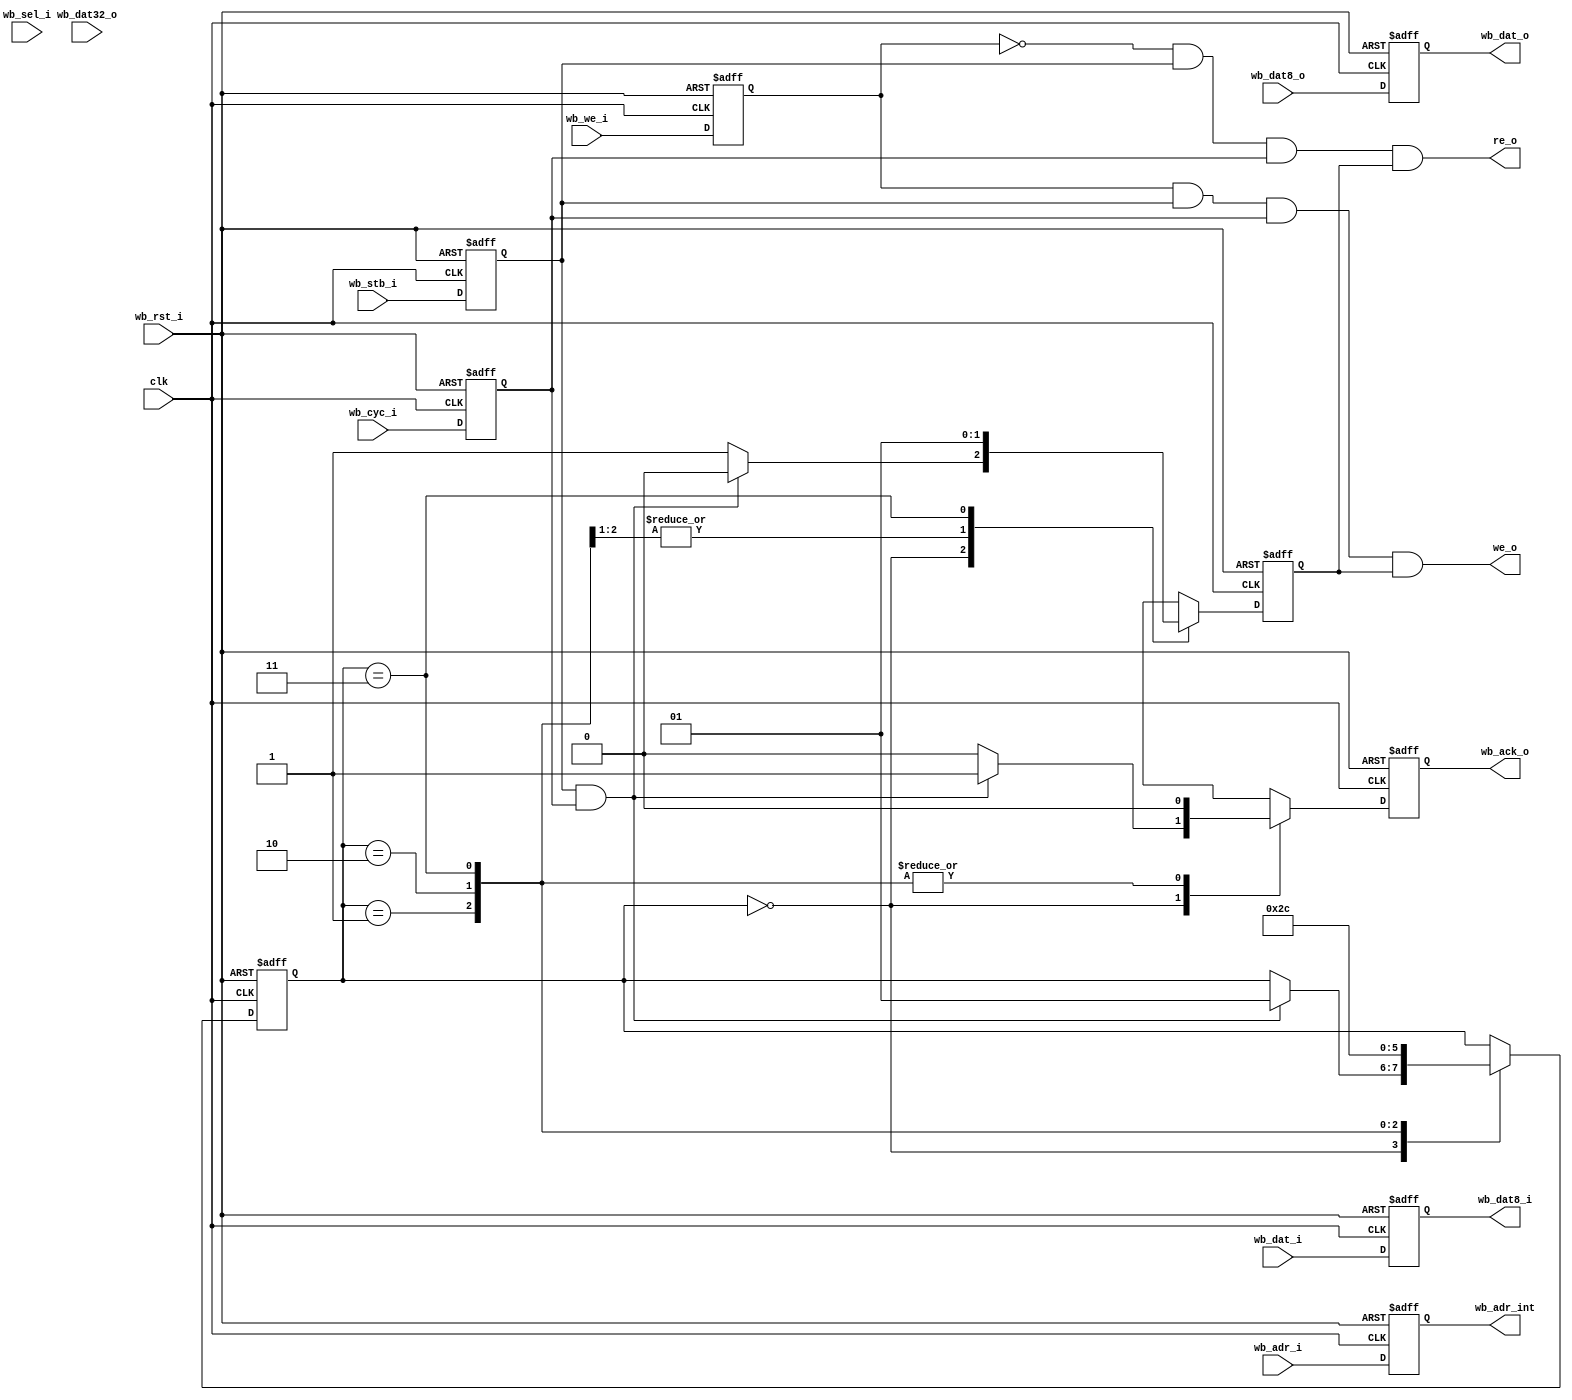
module uart_wb (clk, wb_rst_i, 
	wb_we_i, wb_stb_i, wb_cyc_i, wb_ack_o, wb_adr_i,
	wb_adr_int, wb_dat_i, wb_dat_o, wb_dat8_i, wb_dat8_o, wb_dat32_o, wb_sel_i,
	we_o, re_o // Write and read enable output for the core
);

input 		  clk;

// WISHBONE interface	
input 		  wb_rst_i;
input 		  wb_we_i;
input 		  wb_stb_i;
input 		  wb_cyc_i;
input [3:0]   wb_sel_i;
input [2:0] 	wb_adr_i; //WISHBONE address line

input [7:0]  wb_dat_i; //input WISHBONE bus 
output [7:0] wb_dat_o;
reg [7:0] 	 wb_dat_o;
wire [7:0] 	 wb_dat_i;
reg [7:0] 	 wb_dat_is;

output [2:0]	wb_adr_int; // internal signal for address bus
input [7:0]   wb_dat8_o; // internal 8 bit output to be put into wb_dat_o
output [7:0]  wb_dat8_i;
input [31:0]  wb_dat32_o; // 32 bit data output (for debug interface)
output 		  wb_ack_o;
output 		  we_o;
output 		  re_o;

wire 			  we_o;
reg 			  wb_ack_o;
reg [7:0] 	  wb_dat8_i;
wire [7:0] 	  wb_dat8_o;
wire [2:0]	wb_adr_int; // internal signal for address bus
reg [2:0]	wb_adr_is;
reg 								wb_we_is;
reg 								wb_cyc_is;
reg 								wb_stb_is;
wire [3:0]   wb_sel_i;
reg 			 wre ;// timing control signal for write or read enable

// wb_ack_o FSM
reg [1:0] 	 wbstate;
always  @(posedge clk or posedge wb_rst_i)
	if (wb_rst_i) begin
		wb_ack_o <= 1'b0;
		wbstate <= 0;
		wre <= 1'b1;
	end else
		case (wbstate)
			0: begin
				if (wb_stb_is & wb_cyc_is) begin
					wre <= 0;
					wbstate <= 1;
					wb_ack_o <= 1;
				end else begin
					wre <= 1;
					wb_ack_o <= 0;
				end
			end
			1: begin
			   wb_ack_o <= 0;
				wbstate <= 2;
				wre <= 0;
			end
			2: begin
				wb_ack_o <= 0;
				wbstate <= 3;
				wre <= 0;
			end
			3: begin
				wb_ack_o <= 0;
				wbstate <= 0;
				wre <= 1;
			end
		endcase

assign we_o =  wb_we_is & wb_stb_is & wb_cyc_is & wre ; //WE for registers	
assign re_o = ~wb_we_is & wb_stb_is & wb_cyc_is & wre ; //RE for registers	

// Sample input signals
always  @(posedge clk or posedge wb_rst_i)
	if (wb_rst_i) begin
		wb_adr_is <= 0;
		wb_we_is <= 0;
		wb_cyc_is <= 0;
		wb_stb_is <= 0;
		wb_dat_is <= 0;
	end else begin
		wb_adr_is <= wb_adr_i;
		wb_we_is <= wb_we_i;
		wb_cyc_is <= wb_cyc_i;
		wb_stb_is <= wb_stb_i;
		wb_dat_is <= wb_dat_i;
	end

always @(posedge clk or posedge wb_rst_i)
	if (wb_rst_i)
		wb_dat_o <= 0;
	else
		wb_dat_o <= wb_dat8_o;

always @(wb_dat_is)
	wb_dat8_i = wb_dat_is;

assign wb_adr_int = wb_adr_is;


endmodule